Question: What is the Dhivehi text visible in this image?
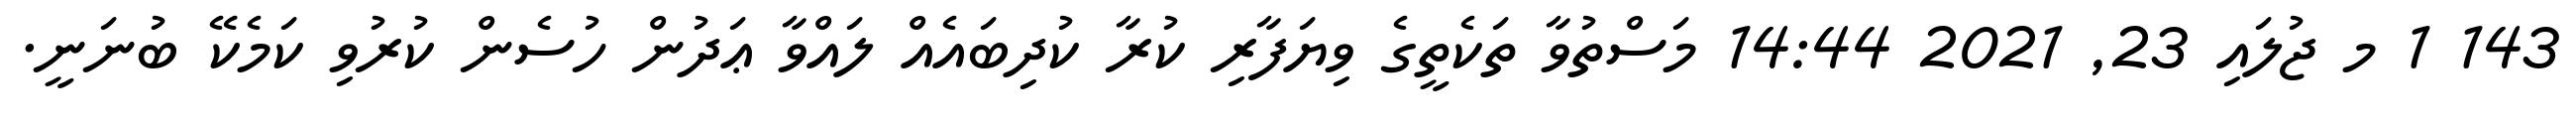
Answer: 143 1 މ ޖުލައި 23, 2021 14:44 މަސްތުވާ ތަކެތީގެ ވިޔަފާރި ކުރާ ކުދިބައެއް ލައްވާ ޢަދުން ހުސެން ކުރުވި ކަމެކޭ ބުނަނީ.